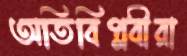
অতিবিপ্লবীরা